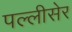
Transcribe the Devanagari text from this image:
पल्लीसेर